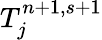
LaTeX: T_{j}^{n+1,s+1}